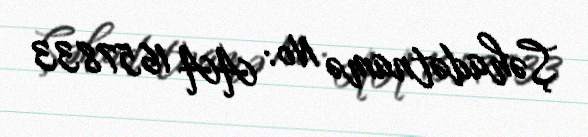
Şəhadətnamə №: AA 1657833